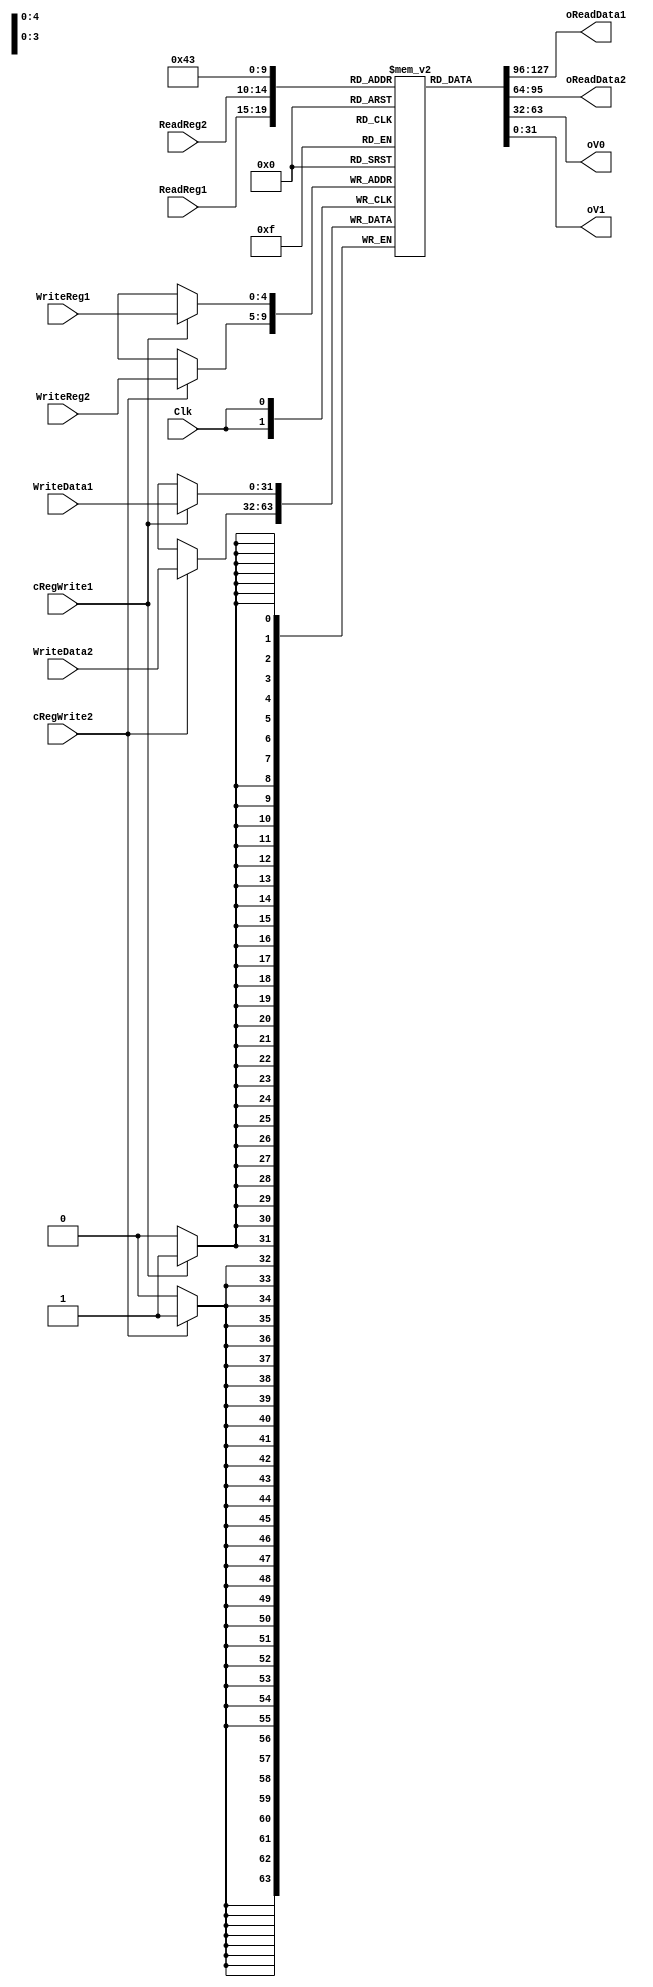
`timescale 1ns / 1ps

// FINISHED!

module RegFile_C(Clk, 
                 cRegWrite1, cRegWrite2,
                 ReadReg1, ReadReg2,
                 WriteReg1, WriteReg2,
                 WriteData1, WriteData2,
                 
                 oReadData1, oReadData2,
                 oV0, oV1);

    input Clk, cRegWrite1, cRegWrite2;
    input [4:0] ReadReg1, ReadReg2;
    input [4:0] WriteReg1, WriteReg2;
    input [31:0] WriteData1, WriteData2;
    
    output [31:0] oReadData1, oReadData2;
    output [31:0] oV0, oV1;

    (* mark_debug = "true" *) reg [31:0] memory [0:31]; //Local memory. 32 Registers, 32 bits wide each.
    
    integer i;
    
    initial begin                               
        for (i = 0; i <= 31; i = i + 1) begin
            memory[i] = 0;
        end
        memory[29] = 32'd16800;
        
    end
    
    always @(negedge Clk) begin
        if (cRegWrite1 == 1) begin
            memory[WriteReg1] = WriteData1;
        end
        if (cRegWrite2 == 1) begin
            memory[WriteReg2] = WriteData2;
        end
    end
   
    assign oReadData1 = memory[ReadReg1];
    assign oReadData2 = memory[ReadReg2];
    assign oV0 = memory[5'd2];
    assign oV1 = memory[5'd3];

endmodule